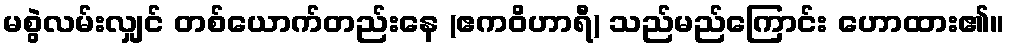
မစွဲလမ်းလျှင် တစ်ယောက်တည်းနေ (ဧကဝိဟာရီ) သည်မည်ကြောင်း ဟောထား၏။